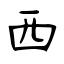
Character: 西